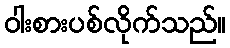
ဝါးစားပစ်လိုက်သည်။